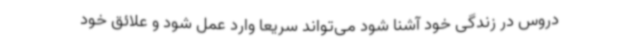
دروس در زندگی خود آشنا شود می‌تواند سریعا وارد عمل شود و علائق خود